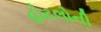
હોટલોની